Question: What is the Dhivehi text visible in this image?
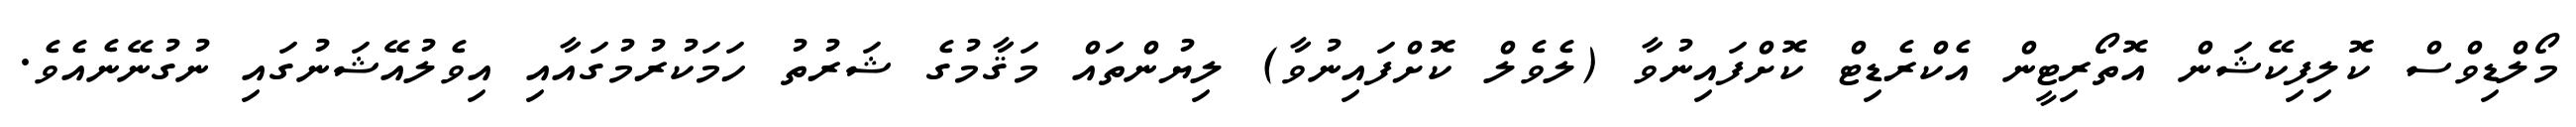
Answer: މޯލްޑިވްސް ކޮލިފިކޭޝަން އޮތޯރިޓީން އެކްރެޑިޓް ކޮށްފައިނުވާ (ލެވެލް ކޮށްފައިނުވާ) ލިޔުންތައް މަޤާމުގެ ޝަރުތު ހަމަކުރުމުގައާއި އިވެލުއޭޝަނުގައި ނުގުނޭނެއެވެ.